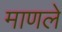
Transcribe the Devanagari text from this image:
माणले